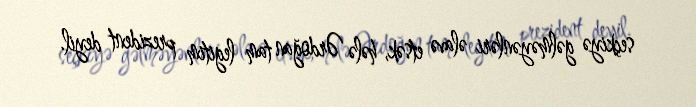
seçkiyə gəlməyənləri əlavə etsək, hələ Ərdoğan tam legitim prezident deyil.